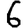
Digit: 6